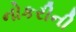
નોકરીની